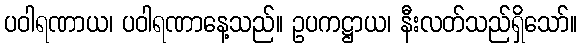
ပဝါရဏာယ၊ ပဝါရဏာနေ့သည်။ ဥပကဋ္ဌာယ၊ နီးလတ်သည်ရှိသော်။